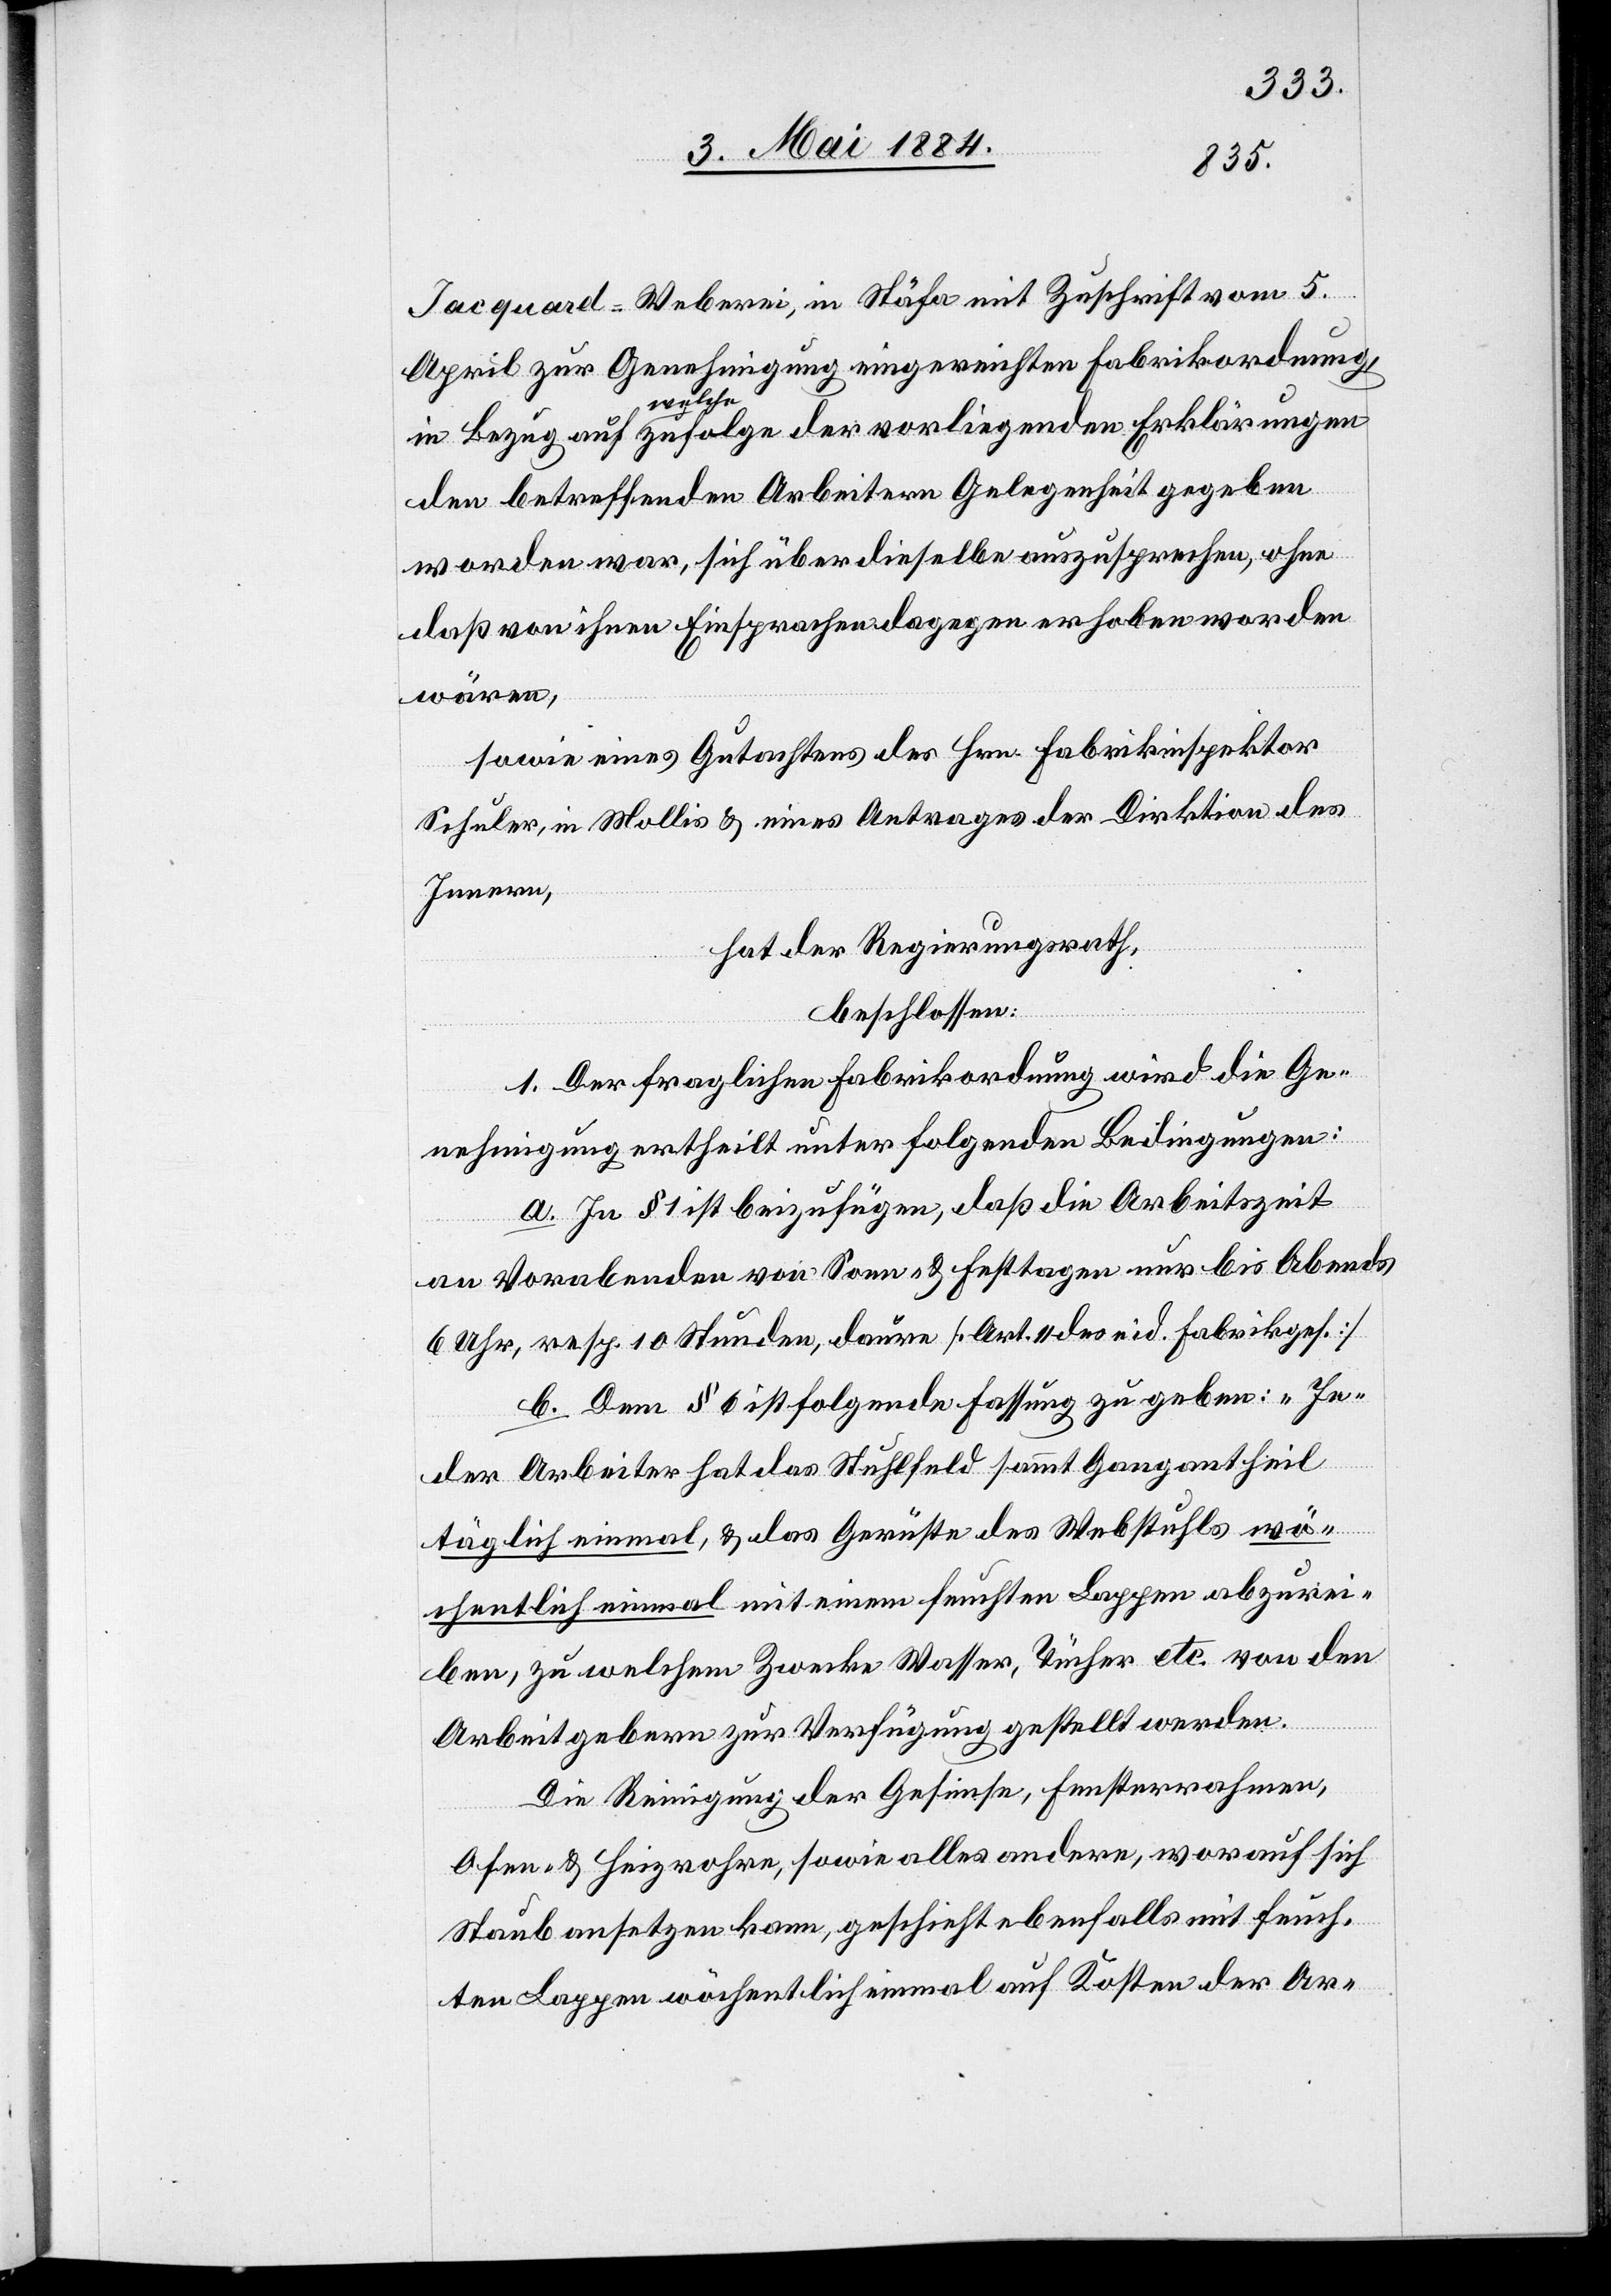
Jacquard-Weberei, in Stäfa mit Zuschrift vom 5.
April zur Genehmigung eingereichten Fabrikordnung
in Bezug auf welche zufolge der vorliegenden Erklärungen
den betreffenden Arbeitern Gelegenheit gegeben
worden war, sich über dieselbe auszusprechen, ohne
daß von ihnen Einsprachen dagegen erhoben worden
wären,
sowie eines Gutachtens des Hrn. Fabrikinspektor
Schuler, in Mollis & eines Antrages der Direktion des
Innern,
hat der Regierungsrath,
beschlossen:
1. Der fraglichen Fabrikordnung wird die Ge¬
nehmigung ertheilt unter folgenden Bedingungen:
a. In § 1 ist beizufügen, daß die Arbeitszeit
an Vorabenden von Sonn- & Festtagen nur bis Abends
6 Uhr, resp. 10 Stunden, dauere [Art. 11 des eid. Fabrikges.]
b. Dem § 6 ist folgende Fassung zu geben: „Je¬
der Arbeiter hat das Stuhlfeld sammt Gangantheil
täglich einmal, & das Gerüste des Webstuhls wö¬
chentlich einmal mit einem feuchten Lappen abzurei¬
ben, zu welchem Zwecke Wasser, Tücher etc. von den
Arbeitgebern zur Verfügung gestellt werden.
Die Reinigung der Gesimse, Fensterrahmen,
Ofen- & Heizrohre, sowie alles andere, worauf sich
Staub absetzen kann, geschieht ebenfalls mit feuch¬
ten Lappen wöchentlich einmal auf Kosten der Ar-